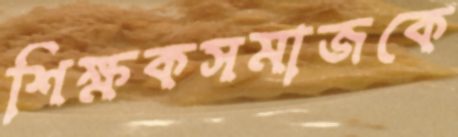
শিক্ষকসমাজকে